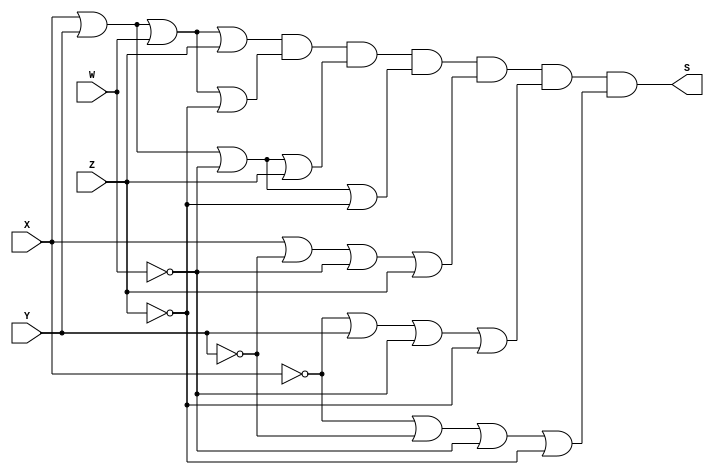
/*
 Guia_0404d.v - v0.0. - 28 / 08 / 2022
 Autor    : Gabriel Vargas Bento de Souza
 Matricula: 778023
 */

/* 
 Produto das somas
                  ____
F(X, Y, W, Z) =   | |  M (0, 1, 2, 3, 6, 11, 15)
*/

/**
 PoS (0, 1, 2, 3, 6, 11, 15)
 */
module PoS (output S,
            input  X, Y, W, Z);
   assign S = ( X |  Y |  W |  Z)   // 0
            & ( X |  Y |  W | ~Z)   // 1
            & ( X |  Y | ~W |  Z)   // 2
            & ( X |  Y | ~W | ~Z)   // 3 
            & ( X | ~Y | ~W |  Z)   // 6
            & (~X |  Y | ~W | ~Z)   // 11
            & (~X | ~Y | ~W | ~Z);  // 15
endmodule // PoS 

/**
  Guia_0404d.v
 */
module Guia_0404d;
   reg  X, Y, W, Z;
   wire S;
   
   // instancias
   PoS POS (S, X, Y, W, Z);
   
   // valores iniciais
   initial begin: start
      X=1'bx; Y=1'bx; W=1'bx; Z=1'bx; // indefinidos
   end

   // parte principal
   initial begin: main
      // identificacao
       $display("Gabriel Vargas Bento de Souza - 778023");
       $display("Test boolean expression");
       $display("\n04.e) PoS (0, 1, 2, 3, 6, 11, 15)\n");

       // monitoramento
       $display(" X  Y  W  Z  PoS(0, 1, 2, 3, 6, 11, 15)");
       $monitor("%2b %2b %2b %2b %14b", X, Y, W, Z, S);

       // sinalizacao
       #1 X=0; Y=0; W=0; Z=0;
       #1 X=0; Y=0; W=0; Z=1;
       #1 X=0; Y=0; W=1; Z=0;
       #1 X=0; Y=0; W=1; Z=1;
       #1 X=0; Y=1; W=0; Z=0;
       #1 X=0; Y=1; W=0; Z=1;
       #1 X=0; Y=1; W=1; Z=0;
       #1 X=0; Y=1; W=1; Z=1;
       #1 X=1; Y=0; W=0; Z=0;
       #1 X=1; Y=0; W=0; Z=1;
       #1 X=1; Y=0; W=1; Z=0;
       #1 X=1; Y=0; W=1; Z=1;
       #1 X=1; Y=1; W=0; Z=0;
       #1 X=1; Y=1; W=0; Z=1;
       #1 X=1; Y=1; W=1; Z=0;
       #1 X=1; Y=1; W=1; Z=1;
   end
endmodule // Guia_0404d